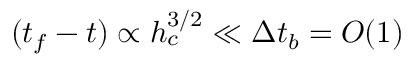
( t _ { f } - t ) \propto h _ { c } ^ { 3 / 2 } \ll \Delta t _ { b } = O ( 1 )